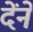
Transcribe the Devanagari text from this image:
देंने